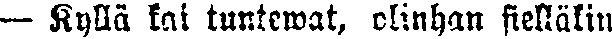
— Kyllä kai tuntewat, olinhan sielläkin